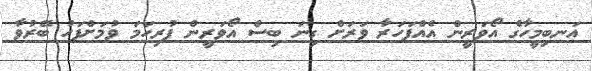
އަނބިމީހާގެ އޯވަރީން އެއްފަހަރާ ވަރަށް ގިނަ ބިސް އޯވަރީން ފުރިހަމަ ވުމަށްފަހު ބޭރުވާ